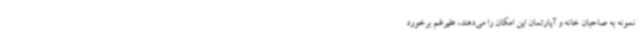
نمونه به صاحبان خانه و آپارتمان این امکان را می‌دهند، علیرغم برخورد